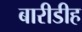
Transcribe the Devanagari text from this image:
बारीडीह